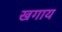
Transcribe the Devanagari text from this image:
खगाय